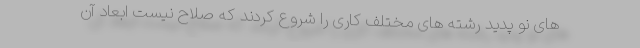
های نو پدید رشته های مختلف کاری را شروع کردند که صلاح نیست ابعاد آن